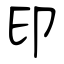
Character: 印